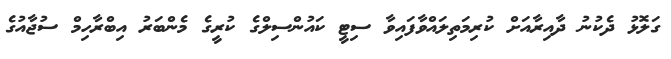
ގަލޮޅު ދެކުނު ދާއިރާއަށް ކުރިމަތިލައްވާފައިވާ ސިޓީ ކައުންސިލްގެ ކުރީގެ މެންބަރު އިބްރާހިމް ސުޖާއުގެ